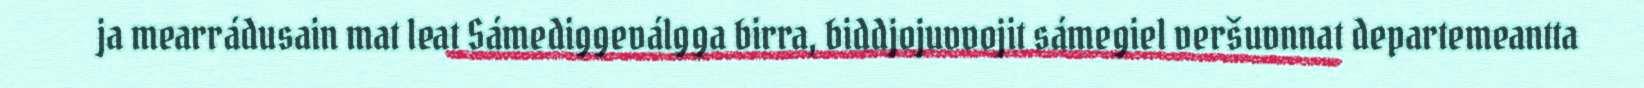
ja mearrádusain mat leat Sámediggeválgga birra, biddjojuvvojit sámegiel veršuvnnat departemeantta